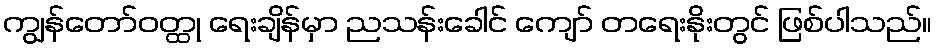
ကျွန်တော်ဝတ္ထု ရေးချိန်မှာ ညသန်းခေါင် ကျော် တရေးနိုးတွင် ဖြစ်ပါသည်။